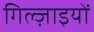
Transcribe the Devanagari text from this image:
गिल्ज़ाइयों